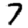
Digit: 7